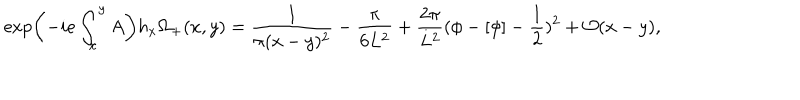
LaTeX: \exp \left( - i e \int _ { x } ^ { y } A \right) h _ { x } \Omega _ { + } ( x , y ) = \frac { 1 } { \pi ( x - y ) ^ { 2 } } - \frac { \pi } { 6 L ^ { 2 } } + \frac { 2 \pi } { L ^ { 2 } } ( \phi - [ \phi ] - \frac { 1 } { 2 } ) ^ { 2 } + { \cal O } ( x - y ) ,